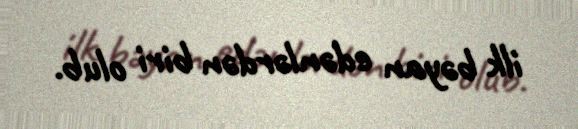
ilk bəyan edənlərdən biri olub.